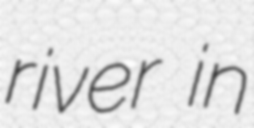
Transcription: river in